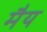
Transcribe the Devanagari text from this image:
मैय